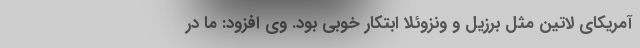
آمریکای لاتین مثل برزیل و ونزوئلا ابتکار خوبی بود. وی افزود: ما در